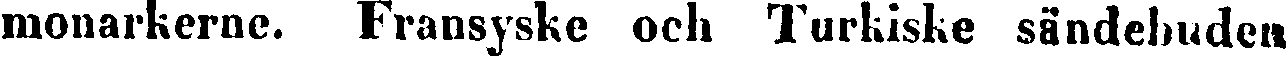
monarkerne. Fransyske och Turkiske sändebuden